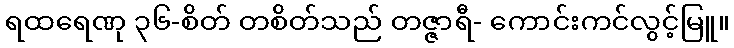
ရထရေဏု ၃၆-စိတ် တစိတ်သည် တဇ္ဇာရီ- ကောင်းကင်လွင့်မြူ။